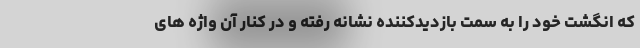
که انگشت خود را به سمت بازدیدکننده نشانه رفته و در کنار آن واژه های